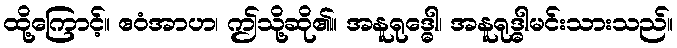
ထို့ကြောင့်။ ဧဝံအာဟ၊ ဤသို့ဆို၏။ အနူရုဒ္ဓေါ၊ အနူရုဒ္ဓါမင်းသားသည်။